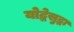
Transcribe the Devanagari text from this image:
योद्धेसुद्धा